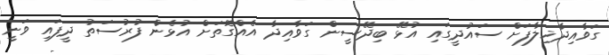
ގަވާއިދާޚިލާފަށް ސައުދީގައި އުޅޭ ބިދޭސީން ގަވާއިދާ އެއްގޮތަށް އުޅެން ފުރުސަތު ދީފައި ވަނީ